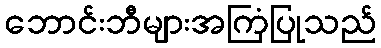
ဘောင်းဘီများအကြံပြုသည်